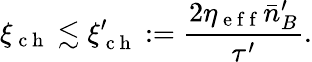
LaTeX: \xi_{\mathrm{~c~h~}}\lesssim\xi_{\mathrm{~c~h~}}^{\prime}:=\frac{2\eta_{\mathrm{~e~f~f~}}\bar{n}_{B}^{\prime}}{\tau^{\prime}}.